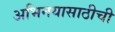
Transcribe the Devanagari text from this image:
अभिनयासाठीची